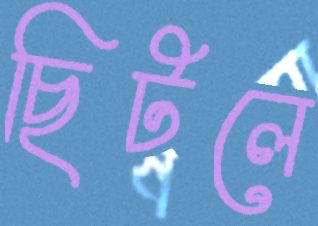
ছিটলে